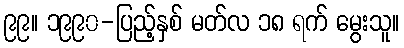
၉၉။ ၁၉၉၀-ပြည့်နှစ် မတ်လ ၁၈ ရက် မွေးသူ။